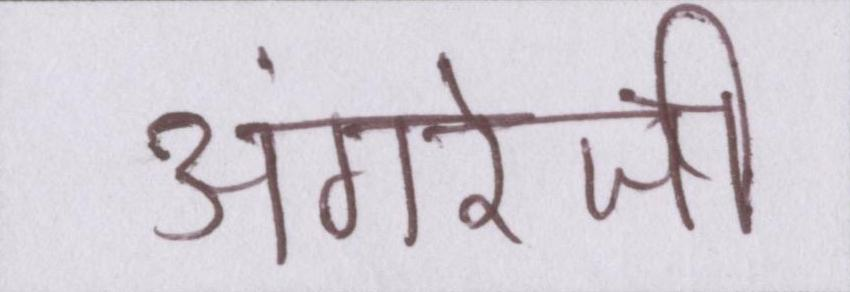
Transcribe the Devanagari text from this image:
अंगरेजी